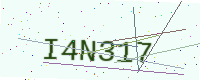
Text: I4N317